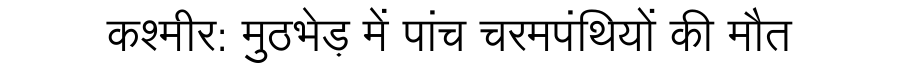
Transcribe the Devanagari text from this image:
कश्मीर: मुठभेड़ में पांच चरमपंथियों की मौत